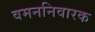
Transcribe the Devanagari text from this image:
वमननिवारक